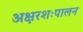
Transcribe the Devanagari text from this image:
अक्षरशःपालन